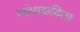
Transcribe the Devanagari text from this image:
व्यंग्यकविता